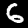
Label: 6